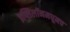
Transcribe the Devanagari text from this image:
इप्सिलॉनमधूनच